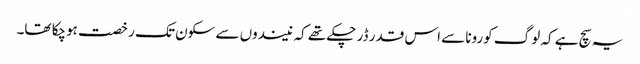
یہ سچ ہے کہ لوگ کورونا سے اس قدر ڈر چکے تھے کہ نیندوں سے سکون تک رخصت ہوچکا تھا۔